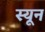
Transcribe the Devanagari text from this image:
स्यून